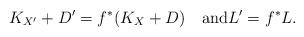
LaTeX: \begin{align*} K_{X'}+D'=f^*(K_X+D)\quad\mbox{and}L'=f^*L.\end{align*}